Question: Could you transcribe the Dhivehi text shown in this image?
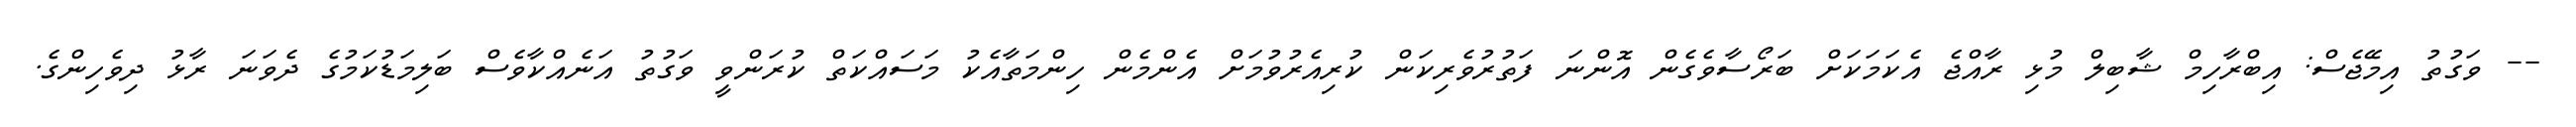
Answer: -- ވަގުތު އިމޭޖެސް: އިބްރާހިމް ޝާބިލް މުޅި ރާއްޖެ އެކަމަކަށް ބަރޯސާވެގެން އޮންނަ ފަތުރުވެރިކަން ކުރިއެރުވުމަށް އެންމެން ހިންމަތާއެކު މަސައްކަތް ކުރަންވީ ވަގުތު އަނެއްކާވެސް ބަލިމަޑުކަމުގެ ދެވަނަ ރާޅު ދިވެހިންގެ.